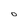
Character: 0